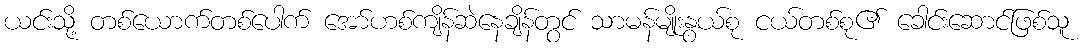
ယင်းသို့ တစ်ယောက်တစ်ပေါက် အော်ဟစ်ကျိန်ဆဲနေချိန်တွင် သာမန်မျိုးနွယ်စု ငယ်တစ်စု၏ ခေါင်းဆောင်ဖြစ်သူ